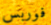
فوربس